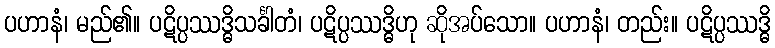
ပဟာနံ၊ မည်၏။ ပဋိပ္ပဿဒ္ဓိသင်္ခါတံ၊ ပဋိပ္ပဿဒ္ဓိဟု ဆိုအပ်သော။ ပဟာနံ၊ တည်း။ ပဋိပ္ပဿဒ္ဓိ